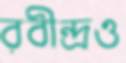
রবীন্দ্রও